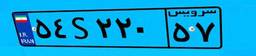
۰۲S۷۱۹۹۱